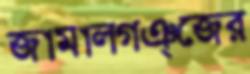
জামালগঞ্জের